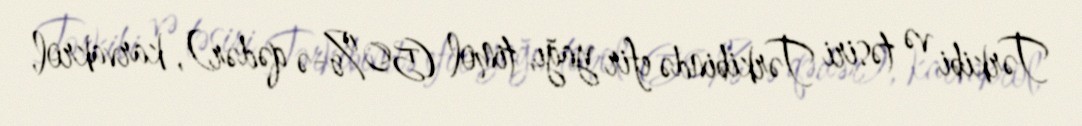
Tərkibi və təsiri Tərkibində efir yağı, timol (50%-ə qədər), karvakrol,